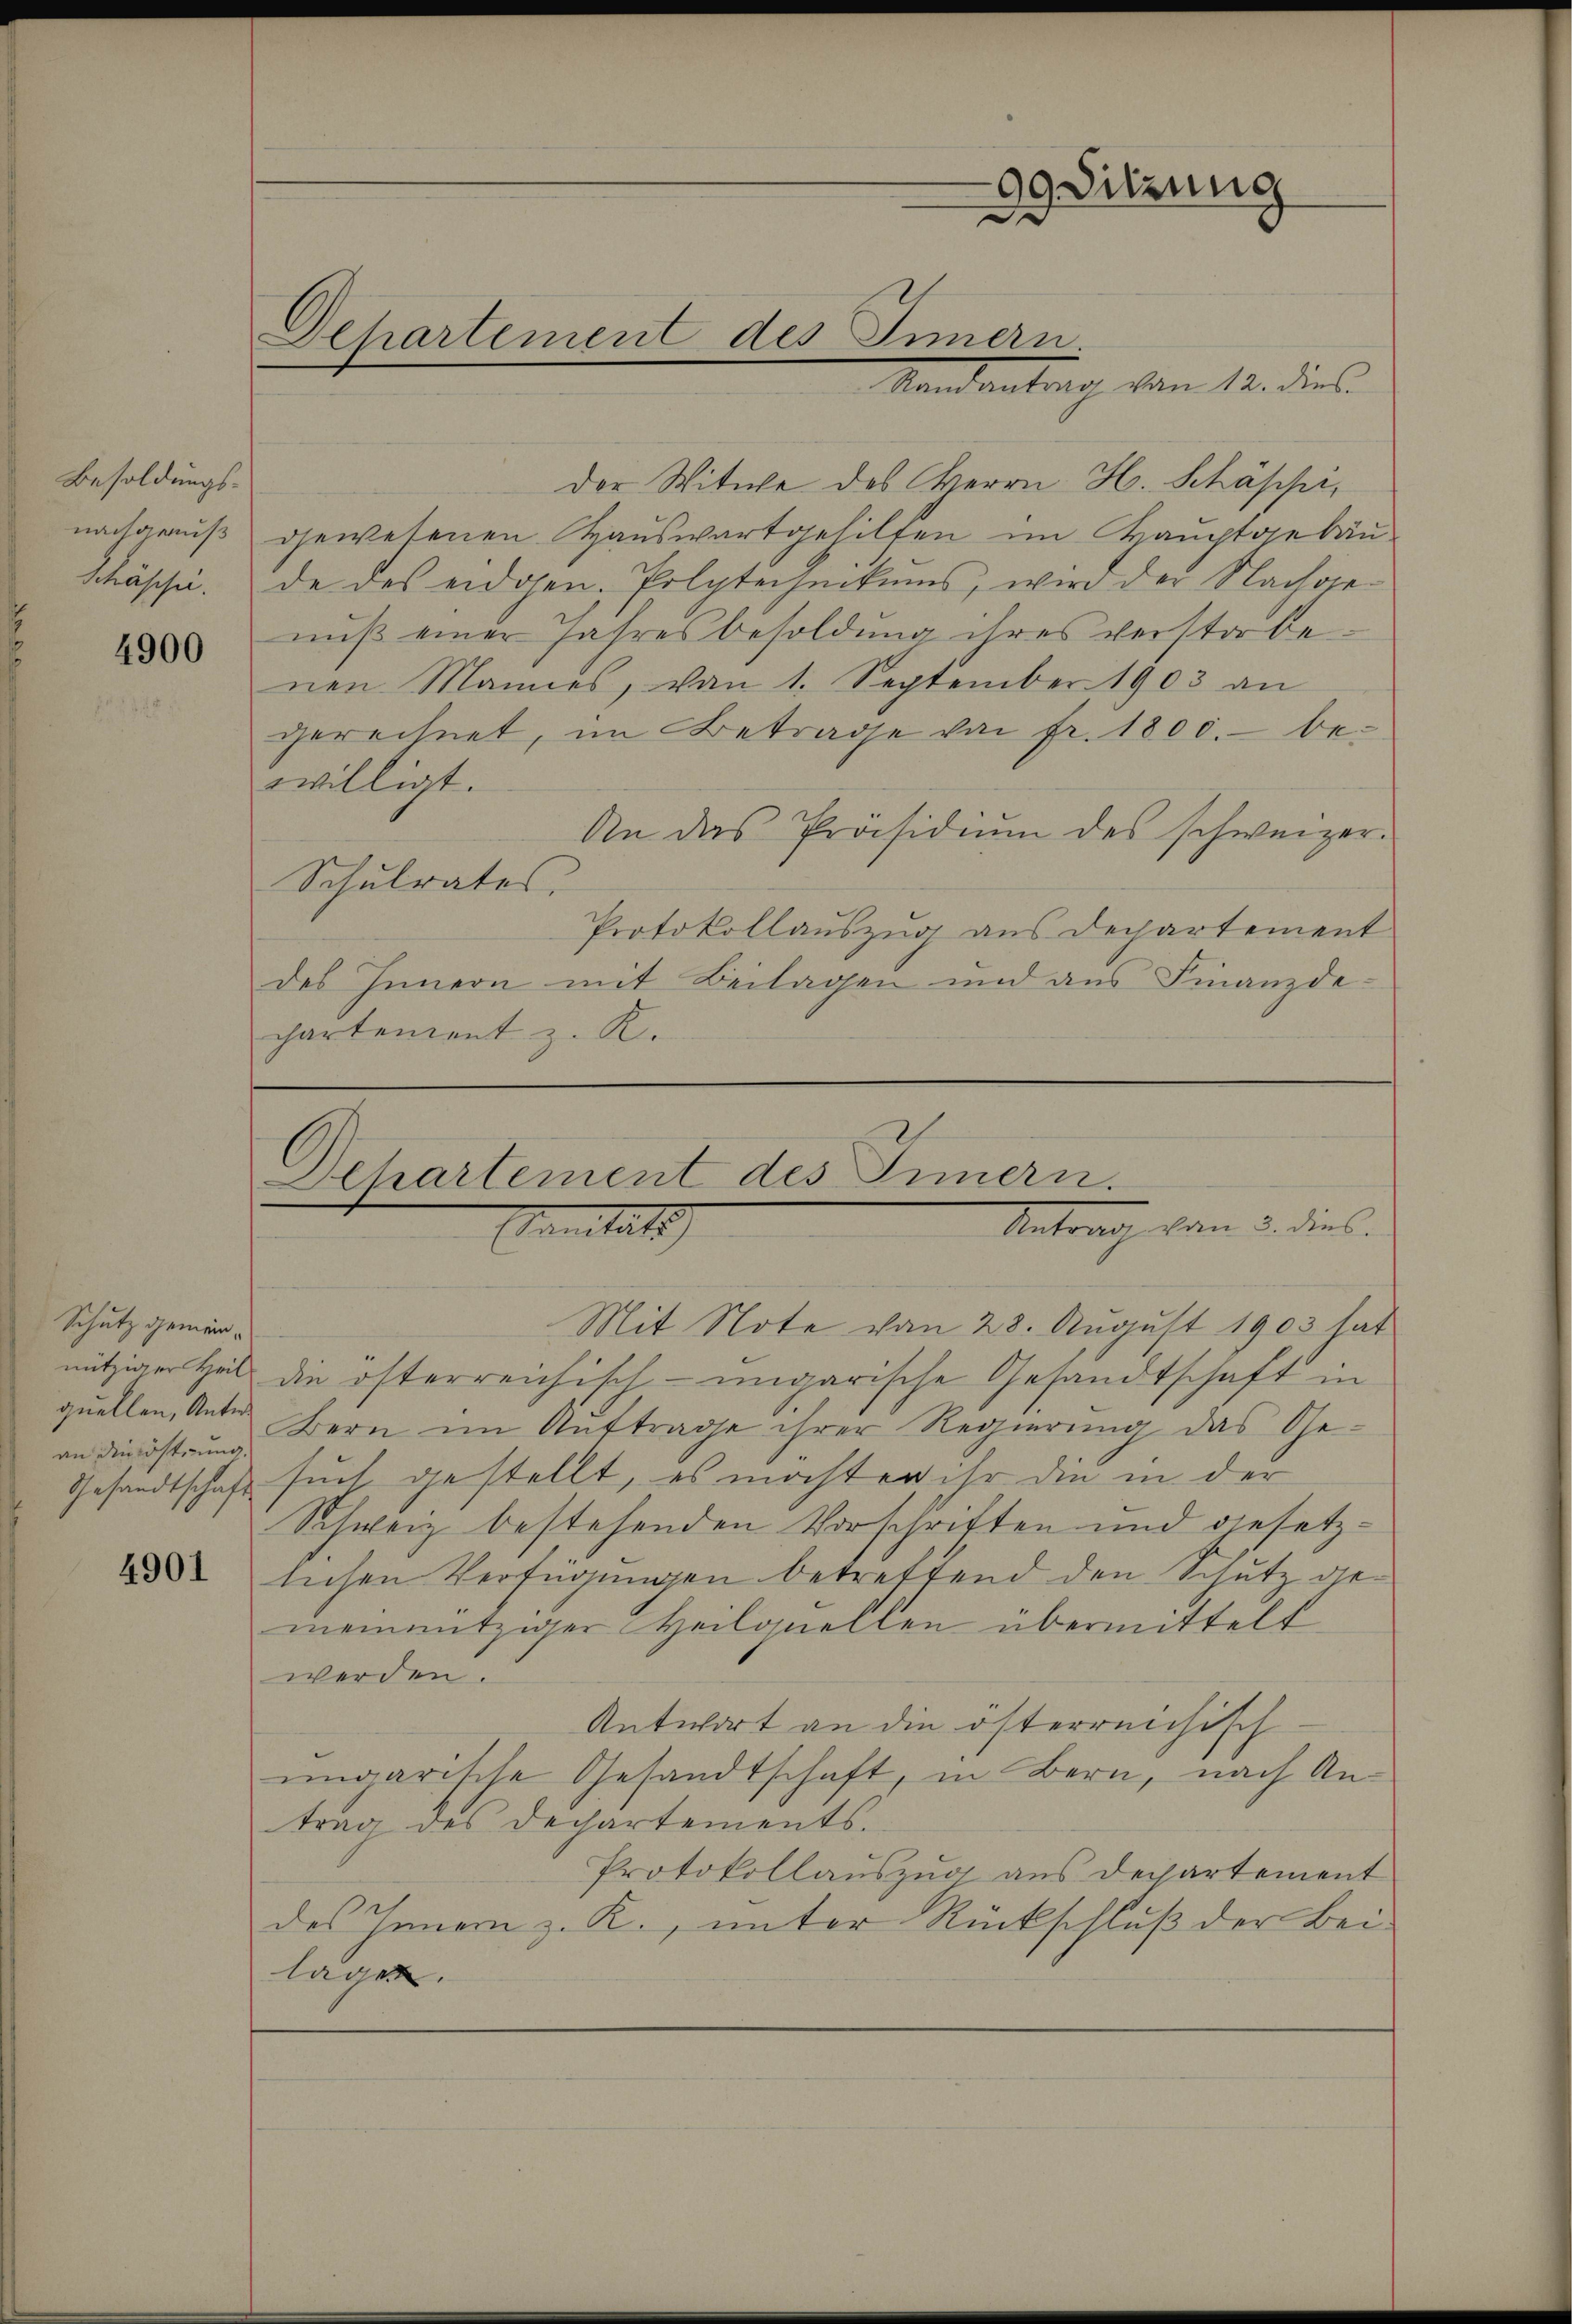
Besoldungsnachgenuß
Schäsche.

4900

Schutz gemeinnütziger Heil
an die östung.
Gesandtschaft

4901

Departement des Innern.

der Witwe des Herrn H. Schäppi,
gewesenen Hauswartgehilfen im Hauptgebäude des eidgen. Polytechnikums, wird der Nachgenŭβ einer Jahresbesoldung ihres verstorbe-
nen Mannes, von 1. September 1903 an
gerechnet, im Betrage von fr. 1800. bewilligt.
An das Präsidiŭm des schweizer.
Schulrates.
Protokollauszug aus Dechartement
des Innern mit Beilagen und aus Finanzde-
chartement z. R.

99 dierung

Mandantrag von 12. dies

Departement des Innern.
Antrag vom 5. dies
Sanitats

Mit Note von 28. August 1903 hat
die österreichikt-ungarische Gesandtschaft in
quellen, Unter Bern im Auftrage ihrer Regierung das Gesuch gestellt, es möchten ihr die in der
Schweiz bestehenden Vorschriften und gesetzlichen Verfügungen betreffend den Schutz gemeinnütziger Heilquellen übermittelt
werden.
Antwort an die österreichisch-
ungarische Gesandtschaft, in Bern, nach An-
trag des Dechartements.
Protokollauszug aus Departement
des Innern z. R., unter Rückschluß der Bei-
lagen.